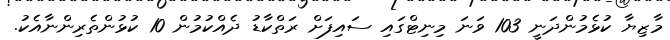
މާޒިޔާ ކުޅެމުންދަނީ 103 ވަނަ މިނިޓްގައި ސައިފަށް ރަތްކާޑު ދެެއްކުމުން 10 ކުޅުންތެރިންނާއެކު.